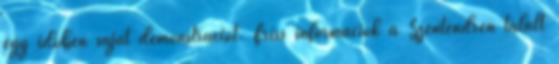
egy időben saját demonstrációt. Friss információk a Szentendrén talált